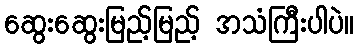
ဆွေးဆွေးမြည့်မြည့် အသံကြီးပါပဲ။